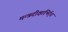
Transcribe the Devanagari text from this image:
मन्त्रदीक्षाभिर्र्ध